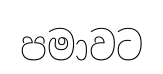
පමාවට